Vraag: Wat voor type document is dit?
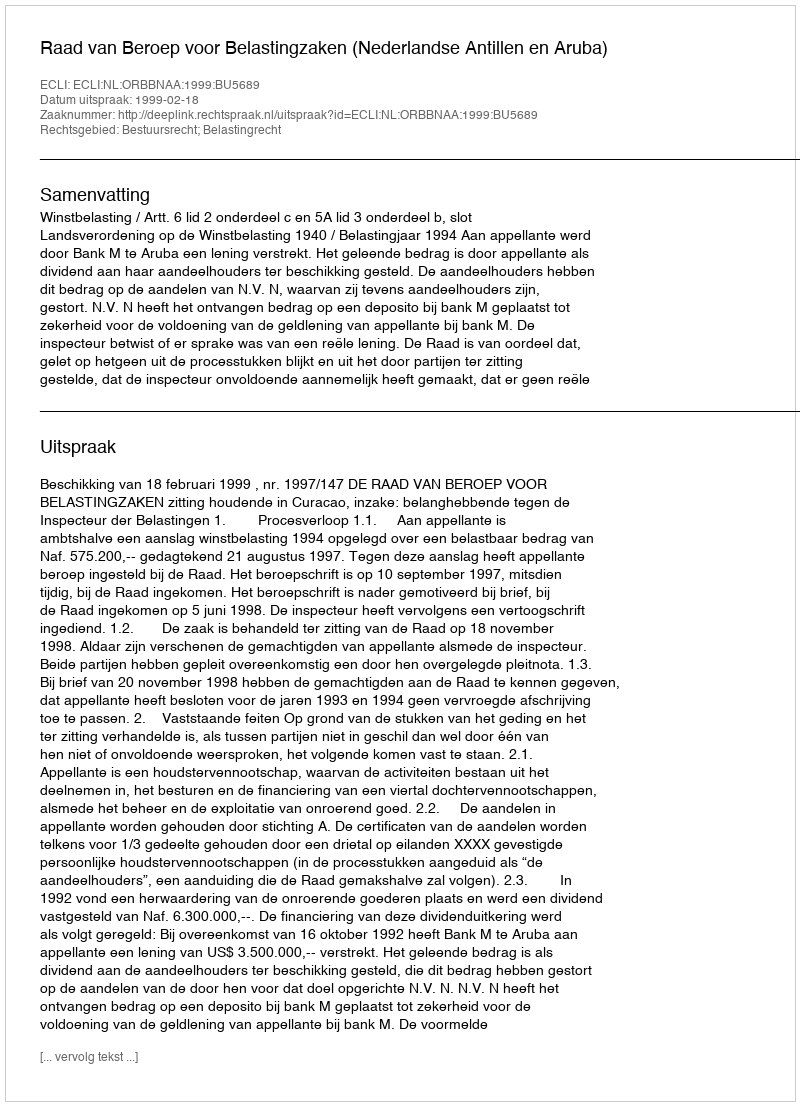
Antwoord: Uitspraak